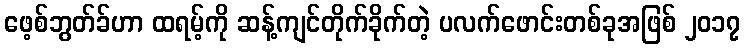
ဖေ့စ်ဘွတ်ခ်ဟာ ထရမ့်ကို ဆန့်ကျင်တိုက်ခိုက်တဲ့ ပလက်ဖောင်းတစ်ခုအဖြစ် ၂၀၁၇